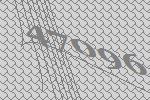
47096